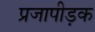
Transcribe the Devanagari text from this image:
प्रजापीड़क